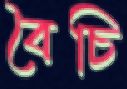
বৈচি